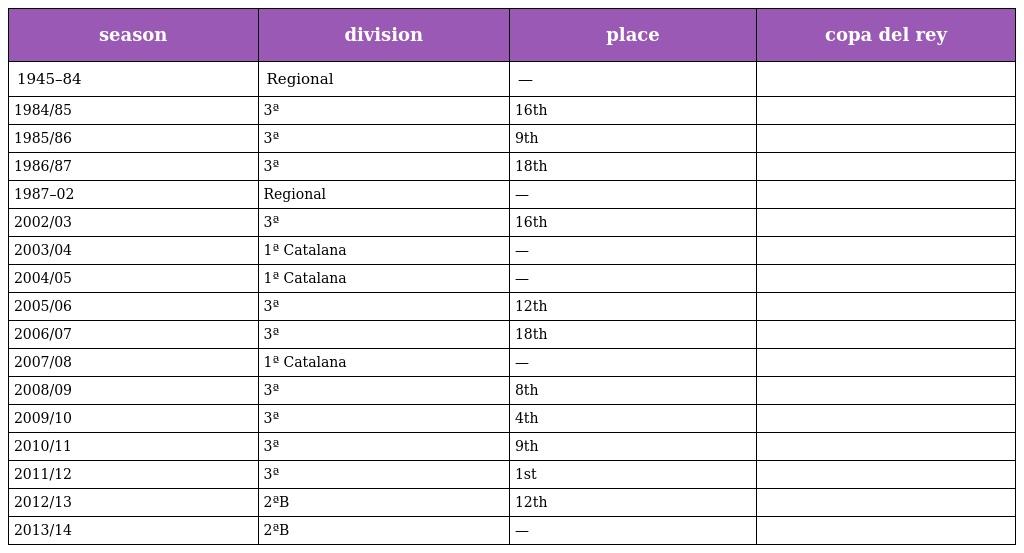
| season | division | place | copa del rey |
 | --- | --- | --- | --- |
 | 1945–84 | Regional | — |  |
 | 1984/85 | 3ª | 16th |  |
 | 1985/86 | 3ª | 9th |  |
 | 1986/87 | 3ª | 18th |  |
 | 1987–02 | Regional | — |  |
 | 2002/03 | 3ª | 16th |  |
 | 2003/04 | 1ª Catalana | — |  |
 | 2004/05 | 1ª Catalana | — |  |
 | 2005/06 | 3ª | 12th |  |
 | 2006/07 | 3ª | 18th |  |
 | 2007/08 | 1ª Catalana | — |  |
 | 2008/09 | 3ª | 8th |  |
 | 2009/10 | 3ª | 4th |  |
 | 2010/11 | 3ª | 9th |  |
 | 2011/12 | 3ª | 1st |  |
 | 2012/13 | 2ªB | 12th |  |
 | 2013/14 | 2ªB | — |  |